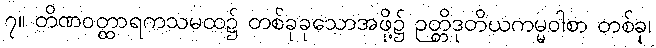
၇။ တိဏဝတ္ထာရကသမထ၌ တစ်ခုခုသောအဖို့၌ ဉတ္တိဒုတိယကမ္မဝါစာ တစ်ခု၊